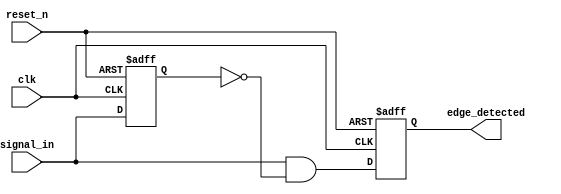
module rising_edge_detector (
    input wire clk,            // Clock signal
    input wire reset_n,       // Active low reset signal
    input wire signal_in,      // Input signal to detect rising edge
    output reg edge_detected   // Output signal indicating rising edge detected
);

    reg prev_signal;           // Register to hold the previous state of signal_in

    // Always block triggered on the rising edge of the clock
    always @(posedge clk or negedge reset_n) begin
        if (!reset_n) begin
            // Reset condition: initialize internal states
            prev_signal <= 1'b0;
            edge_detected <= 1'b0;
        end else begin
            // Edge detection logic
            edge_detected <= (signal_in && !prev_signal); // Set edge_detected high for one clock cycle
            prev_signal <= signal_in; // Store current state of signal_in for next comparison
        end
    end

endmodule